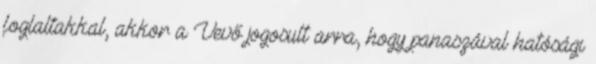
foglaltakkal, akkor a Vevő jogosult arra, hogy panaszával hatósági